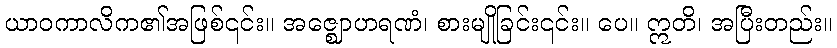
ယာဝကာလိက၏အဖြစ်၎င်း။ အဇ္ဈောဟရဏံ၊ စားမျိုခြင်း၎င်း။ ပေ။ ဣတိ၊ အပြီးတည်း။